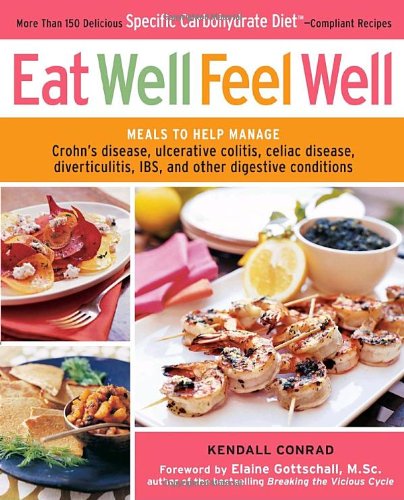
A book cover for Eat Well, Feel Well: More Than 150 Delicious Specific Carbohydrate Diet(TM)-Compliant Recipes; Kendall Conrad; Cookbooks, Food & Wine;